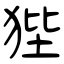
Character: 狴